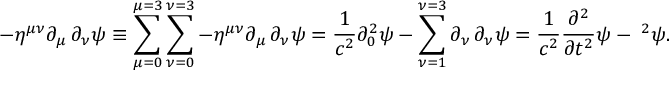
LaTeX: - \eta ^ { \mu \nu } \partial _ { \mu } \, \partial _ { \nu } \psi \equiv \sum _ { \mu = 0 } ^ { \mu = 3 } \sum _ { \nu = 0 } ^ { \nu = 3 } - \eta ^ { \mu \nu } \partial _ { \mu } \, \partial _ { \nu } \psi = { \frac { 1 } { c ^ { 2 } } } \partial _ { 0 } ^ { 2 } \psi - \sum _ { \nu = 1 } ^ { \nu = 3 } \partial _ { \nu } \, \partial _ { \nu } \psi = { \frac { 1 } { c ^ { 2 } } } { \frac { \partial ^ { 2 } } { \partial t ^ { 2 } } } \psi - \mathbf { \nabla } ^ { 2 } \psi .